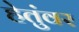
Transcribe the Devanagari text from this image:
हेतुंवर